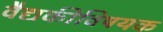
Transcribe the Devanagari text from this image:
वैद्यकीविषयक